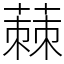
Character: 蕀